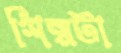
শিল্পটা